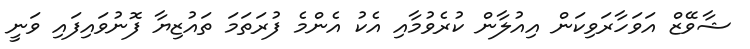
ޝާވޭޒް އަވަހާރަވިކަން އިއުލާން ކުރެވުމާއި އެކު އެންމެ ފުރަތަމަ ތައުޒިޔާ ފޮނުވައިފައި ވަނީ